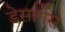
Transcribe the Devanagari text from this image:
डेसार्गेस